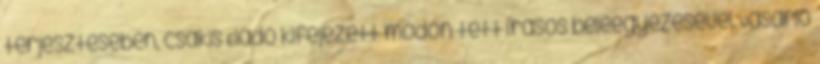
terjesztésében, csakis Eladó kifejezett módon tett írásos beleegyezésével. Vásárló